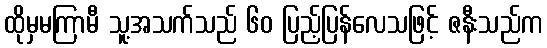
ထိုမှမကြာမီ သူ့အသက်သည် ၆၀ ပြည့်ပြန်လေသဖြင့် ဇနီးသည်က